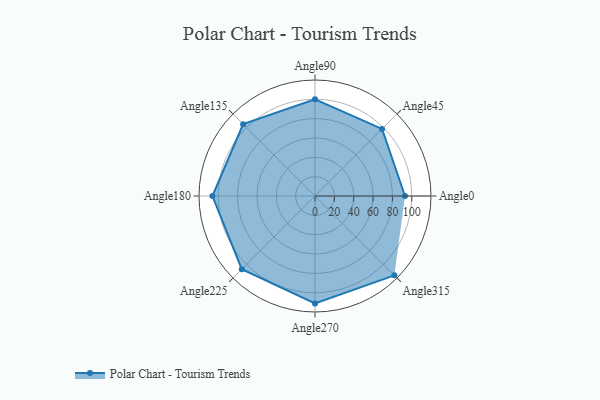
{"axis": {"x": "Angle", "y": "Radius"}, "legend": [""], "data": [{"x": "Angle0", "y": 93.0, "type": ""}, {"x": "Angle45", "y": 98.0, "type": ""}, {"x": "Angle90", "y": 100.0, "type": ""}, {"x": "Angle135", "y": 105.0, "type": ""}, {"x": "Angle180", "y": 106.0, "type": ""}, {"x": "Angle225", "y": 107.0, "type": ""}, {"x": "Angle270", "y": 111.0, "type": ""}, {"x": "Angle315", "y": 116.0, "type": ""}]}